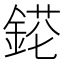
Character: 𨨉